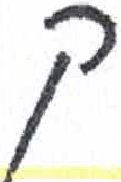
אות: ק